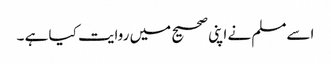
اسےمسلم نے اپنی صحیح میں روایت کیا ہے ۔